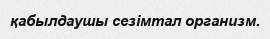
қабылдаушы сезімтал организм.